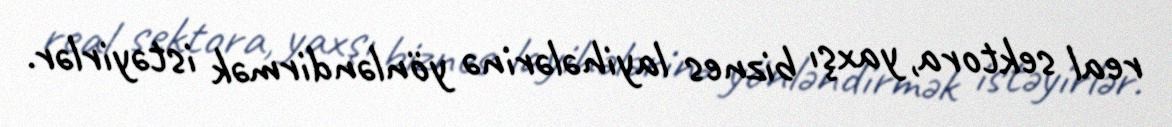
real sektora, yaxşı biznes layihələrinə yönləndirmək istəyirlər.